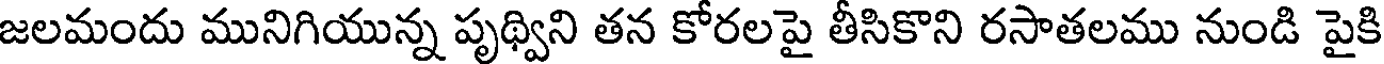
జలమందు మునిగియున్న పృథ్విని తన కోరలపై తీసికొని రసాతలము నుండి పైకి